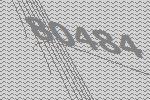
80484